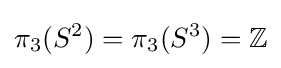
\pi _{3}(S^{2})=\pi _{3}(S^{3})=\mathbb {Z}